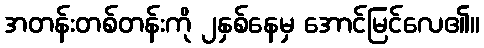
အတန်းတစ်တန်းကို ၂နှစ်နေမှ အောင်မြင်လေ၏။